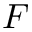
F